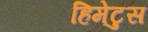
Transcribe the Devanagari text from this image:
हिमेटुस